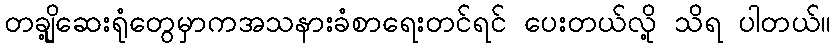
တချို့ဆေးရုံတွေမှာကအသနားခံစာရေးတင်ရင် ပေးတယ်လို့ သိရ ပါတယ်။